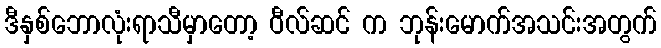
ဒီနှစ်ဘောလုံးရာသီမှာတော့ ဝီလ်ဆင် က ဘုန်းမောက်အသင်းအတွက်